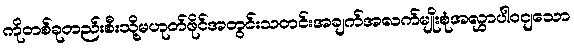
ကိုတစ်ခုတည်းစီးသို့မဟုတ်ဖိုင်အတွင်းသတင်းအချက်အလက်မျိုးစုံအလွှာပါဝငျသော